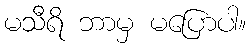
မသီရိ ဘာမှ မပြောပါ။